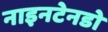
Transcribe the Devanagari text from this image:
नाइनटेनडो